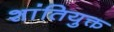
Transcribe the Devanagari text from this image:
शांतियुक्त